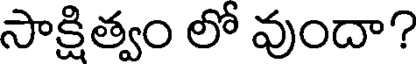
సాక్షిత్వం లో వుందా?